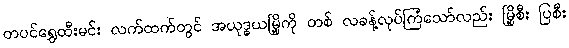
တပင်ရွှေထီးမင်း လက်ထက်တွင် အယုဒ္ဓယမြို့ကို တစ် လခန့်လုပ်ကြံသော်လည်း မြို့စီး ပြစီး